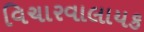
વિચારવાલાયક